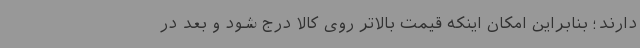
دارند؛ بنابراین امکان اینکه قیمت بالاتر روی کالا درج شود و بعد در